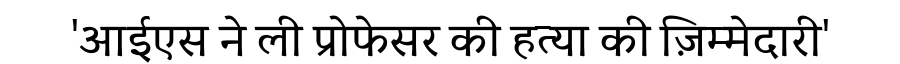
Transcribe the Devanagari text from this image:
'आईएस ने ली प्रोफेसर की हत्या की ज़िम्मेदारी'